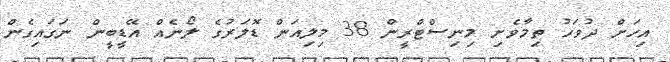
އިހަށް ދުވަހު ތިމާވެށި މިނިސްޓްރީން 38 މިލިއަން ޑޮލަރުގެ ލޯނެއް އޭޑީބީން ނަގައިގެން